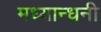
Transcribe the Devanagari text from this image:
मध्यान्धनी